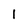
Character: 1